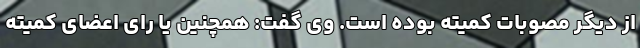
از دیگر مصوبات کمیته بوده است. وی گفت: همچنین یا رای اعضای کمیته‌